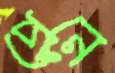
প্রেনে